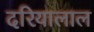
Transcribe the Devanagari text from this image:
दरियालाल